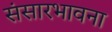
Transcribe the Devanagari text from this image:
संसारभावना